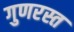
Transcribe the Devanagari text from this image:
गुणरस्त